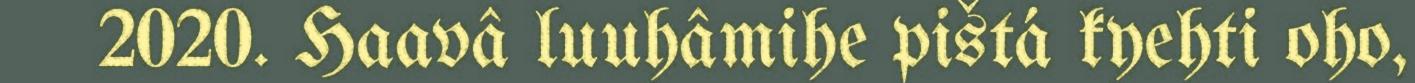
2020. Haavâ luuhâmihe pištá kyehti oho,